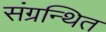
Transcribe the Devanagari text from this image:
संग्रन्थित